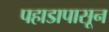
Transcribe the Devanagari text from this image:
पहाडापासून